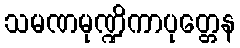
သမဏမုဏ္ဍိကာပုတ္တေန